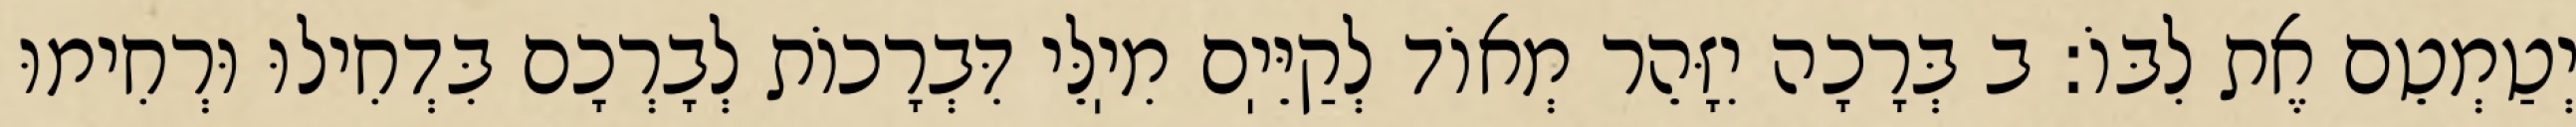
יְטַמְטֵם אֶת לִבּוֹ: ב בְּרָכָה יִזָּהֵר מְאוֹד לְקַיֵּיֽם מִיֽלֵּי דִּבְרָכוֹת לְבָרְכָם בִּדְחִילוּ וּרְחִימוּ